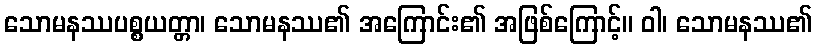
သောမနဿပစ္စယတ္တာ၊ သောမနဿ၏ အကြောင်း၏ အဖြစ်ကြောင့်။ ဝါ၊ သောမနဿ၏